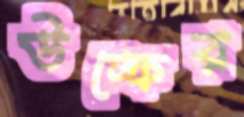
উল্ফের